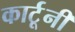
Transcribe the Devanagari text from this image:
कार्टूनी